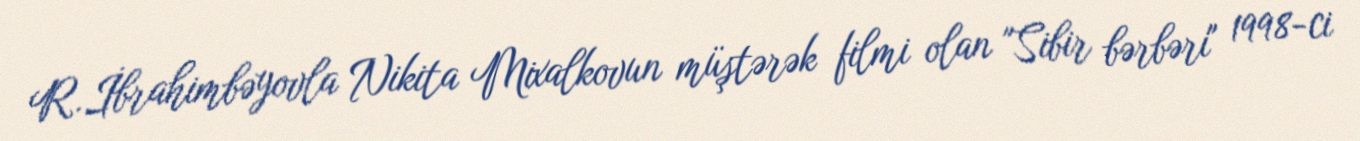
R.İbrahimbəyovla Nikita Mixalkovun müştərək filmi olan "Sibir bərbəri" 1998-ci